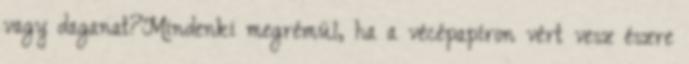
vagy daganat?Mindenki megrémül, ha a vécépapíron vért vesz észre